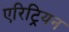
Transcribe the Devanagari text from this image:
एरिट्रियन